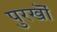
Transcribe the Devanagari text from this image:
पुरखॊं